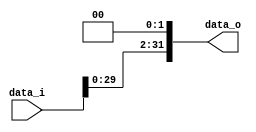
// Hu Dongyao(|) 0340191

//Subject:      CO project 2 - Shift_Left_Two_32
//--------------------------------------------------------------------------------
//Version:     1
//--------------------------------------------------------------------------------
//Description: 
//--------------------------------------------------------------------------------

module Shift_Left_Two_32(
    data_i,
    data_o
    );

//I/O ports                    
input [32-1:0] data_i;
output [32-1:0] data_o;

wire [32-1:0] data_o;

//shift left 2
assign data_o = {data_i[29:0], 2'b00};
     
endmodule